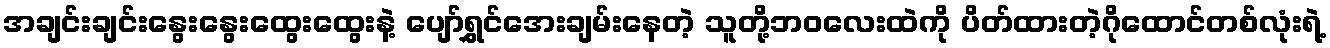
အချင်းချင်းနွေးနွေးထွေးထွေးနဲ့ ပျော်ရွှင်အေးချမ်းနေတဲ့ သူတို့ဘဝလေးထဲကို ပိတ်ထားတဲ့ဂိုထောင်တစ်လုံးရဲ့